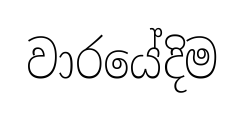
වාරයේදිම